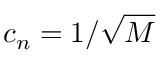
c _ { n } = 1 / \sqrt { M }